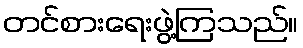
တင်စားရေးဖွဲ့ကြသည်။